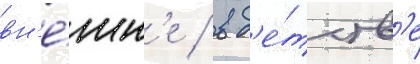
вн'е́шн'е / в д'е́тств'е